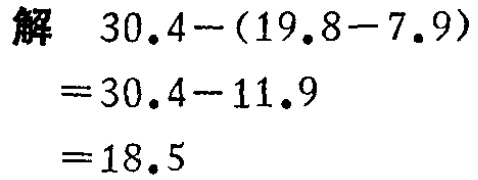
\[
\begin{align*}
&解\quad30.4-(19.8 - 7.9)\\
=&30.4-11.9\\
=&18.5
\end{align*}
\]